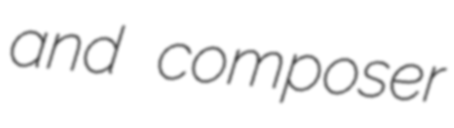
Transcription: and composer